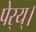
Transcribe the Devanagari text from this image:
पेर्‍य्।